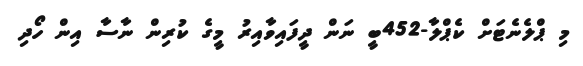
މި ޕްލެނެޓަށް ކެޕްލާ-452ބީ ނަން ދީފައިވާއިރު މީގެ ކުރިން ނާސާ އިން ހޯދި